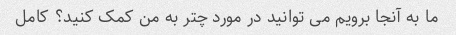
ما به آنجا برویم می توانید در مورد چتر به من کمک کنید؟ کامل